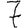
Digit: 7